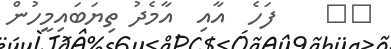
١٩    ފަހެ  އާއި  އާމެދު ތިޔަބައިމީހުން